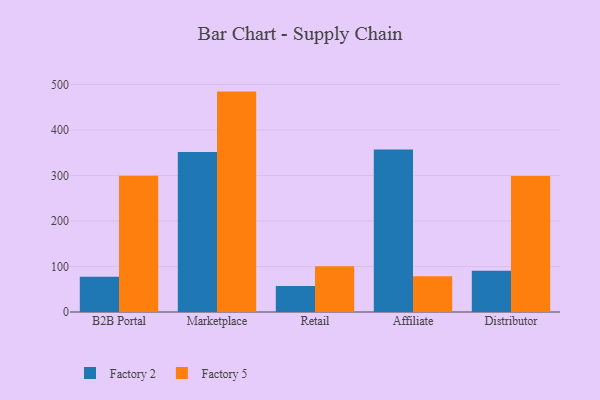
{"axis": {"x": "Channel", "y": "Temperature (°C)"}, "legend": ["Factory 2", "Factory 5"], "data": [{"x": "B2B Portal", "y": 77.7, "type": "Factory 2"}, {"x": "B2B Portal", "y": 299.6, "type": "Factory 5"}, {"x": "Marketplace", "y": 351.8, "type": "Factory 2"}, {"x": "Marketplace", "y": 484.6, "type": "Factory 5"}, {"x": "Retail", "y": 57.4, "type": "Factory 2"}, {"x": "Retail", "y": 100.5, "type": "Factory 5"}, {"x": "Affiliate", "y": 357.2, "type": "Factory 2"}, {"x": "Affiliate", "y": 78.6, "type": "Factory 5"}, {"x": "Distributor", "y": 90.7, "type": "Factory 2"}, {"x": "Distributor", "y": 299.1, "type": "Factory 5"}]}